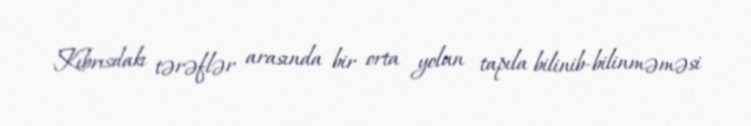
Kıbrısdakı tərəflər arasında bir orta yolun tapıla bilinib-bilinməməsi